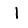
Digit: 1